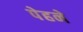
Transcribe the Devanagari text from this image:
पेहने